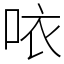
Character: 𠲖